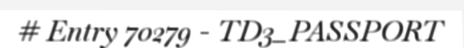
# Entry 70279 - TD3_PASSPORT